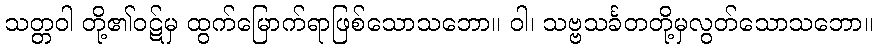
သတ္တဝါ တို့၏ဝဋ်မှ ထွက်မြောက်ရာဖြစ်သောသဘော။ ဝါ၊ သဗ္ဗသင်္ခတတို့မှလွတ်သောသဘော။